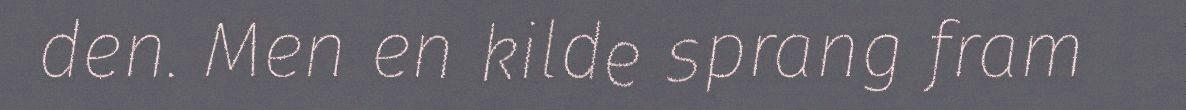
den. Men en kilde sprang fram